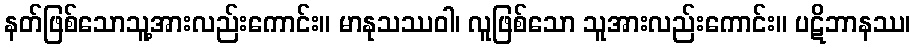
နတ်ဖြစ်သောသူ့အားလည်းကောင်း။ မာနုသဿဝါ၊ လူဖြစ်သော သူအားလည်းကောင်း။ ပဋိဘာနဿ၊